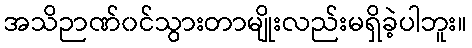
အသိဉာဏ်၀င်သွားတာမျိုးလည်းမရှိခဲ့ပါဘူး။